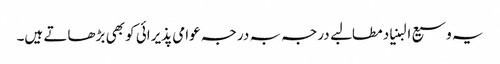
یہ وسیع البنیاد مطالبے درجہ بہ درجہ عوامی پذیرائی کو بھی بڑھاتے ہیں۔